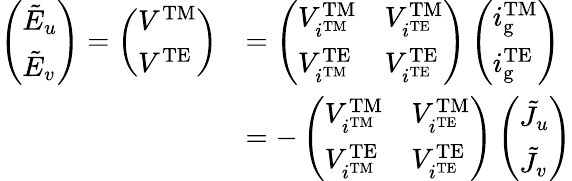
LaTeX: \begin{array}{rl}{\left(\begin{array}{l}{\tilde{E}_{u}}\\ {\tilde{E}_{v}}\end{array}\right)=\left(\begin{array}{l}{V^{\mathrm{TM}}}\\ {V^{\mathrm{TE}}}\end{array}\right)}&{=\left(\begin{array}{ll}{V_{i^{\mathrm{TM}}}^{\mathrm{TM}}}&{V_{i^{\mathrm{TE}}}^{\mathrm{TM}}}\\ {V_{i^{\mathrm{TM}}}^{\mathrm{TE}}}&{V_{i^{\mathrm{TE}}}^{\mathrm{TE}}}\end{array}\right)\left(\begin{array}{l}{i_{\mathrm{g}}^{\mathrm{TM}}}\\ {i_{\mathrm{g}}^{\mathrm{TE}}}\end{array}\right)}\\ &{=-\left(\begin{array}{ll}{V_{i^{\mathrm{TM}}}^{\mathrm{TM}}}&{V_{i^{\mathrm{TE}}}^{\mathrm{TM}}}\\ {V_{i^{\mathrm{TM}}}^{\mathrm{TE}}}&{V_{i^{\mathrm{TE}}}^{\mathrm{TE}}}\end{array}\right)\left(\begin{array}{l}{\tilde{J}_{u}}\\ {\tilde{J}_{v}}\end{array}\right)}\end{array}